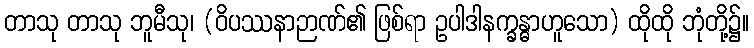
တာသု တာသု ဘူမီသု၊ (ဝိပဿနာဉာဏ်၏ ဖြစ်ရာ ဥပါဒါနက္ခန္ဓာဟူသော) ထိုထို ဘုံတို့၌။